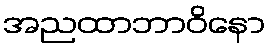
အညထာဘာဝိနော